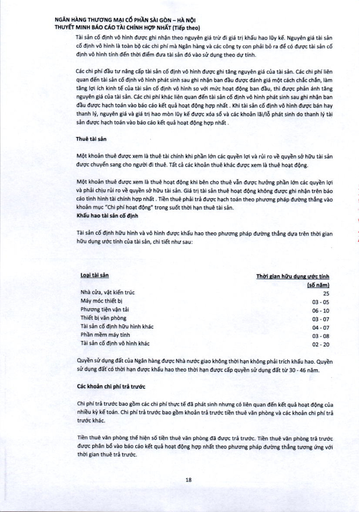
|Loại tài sản|Thời gian hữu dụng ước tính| |---|---| ||(năm)| |Nhà cửa, vật kiến trúc|25| |Máy móc thiết bị|03-05| |Phương tiện vận tải|06-10| |Thiết bị văn phòng|03-07| |Tài sản cố định hữu hình khác|04-07| |Phần mềm máy tính|03-08| |Tài sản cố định vô hình khác|02-20|